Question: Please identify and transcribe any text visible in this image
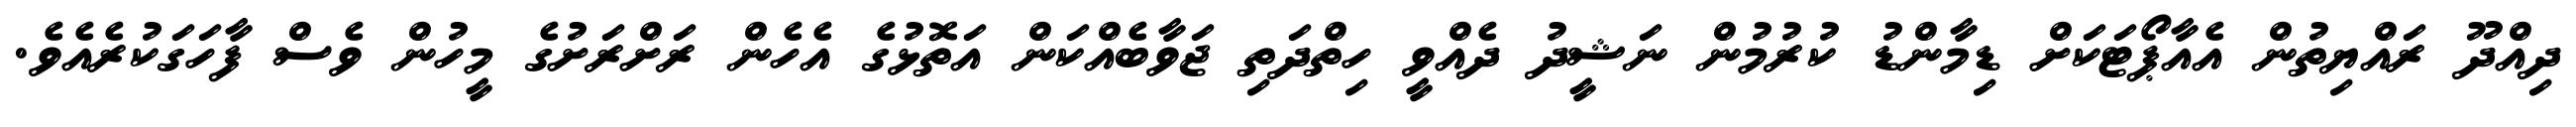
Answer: ދިއްދޫ ރައްޔިތުން އެއާޕޯޓަކަށް ޑިމާންޑު ކުރުމުން ނަޝީދު ދެއްވީ ހިތްދަތި ޖަވާބެއްކަން އަތޮޅުގެ އެހެން ރަށްރަށުގެ މީހުން ވެސް ފާހަގަކުރެއެވެ.